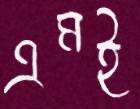
এমই